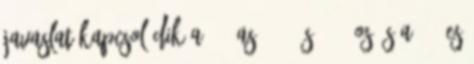
javaslat kapcsolódik a 708-as, 705-ös, 716-os és a 719-es